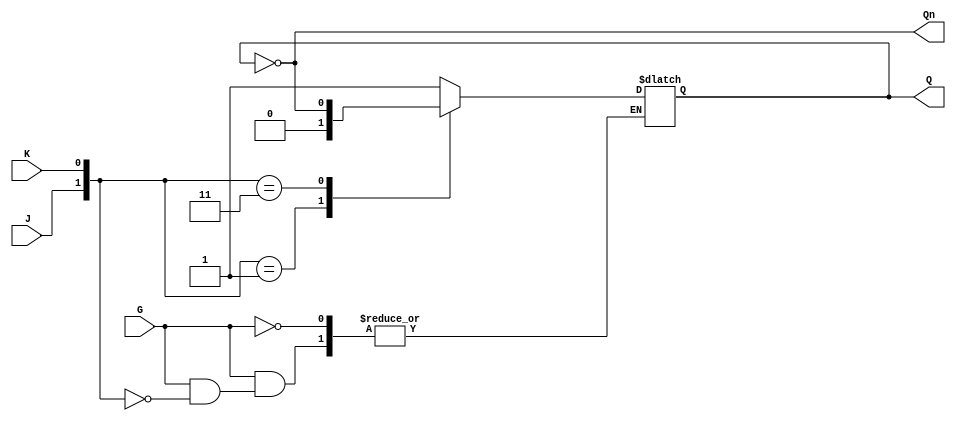
module GatedJKLatch (
    input wire J,      // Set input
    input wire K,      // Reset input
    input wire G,      // Enable input
    output reg Q,      // Primary output
    output wire Qn     // Complementary output
);

    // Assign Q' as the complement of Q
    assign Qn = ~Q;

    // Always block to handle the latch behavior
    always @* begin
        if (G) begin // Check if enable is high
            case ({J, K})
                2'b10: Q = 1;  // Set condition
                2'b01: Q = 0;  // Reset condition
                2'b11: Q = ~Q; // Toggle condition
                2'b00: Q = Q;  // No change
                default: Q = Q; // Maintain previous state (just in case)
            endcase
        end
        // If G is low, Q will retain its previous value due to the reg nature
    end

endmodule